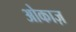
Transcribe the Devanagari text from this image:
ओकाज़